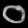
Digit: ၀